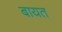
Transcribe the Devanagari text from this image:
बायत